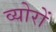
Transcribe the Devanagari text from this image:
व्योरों